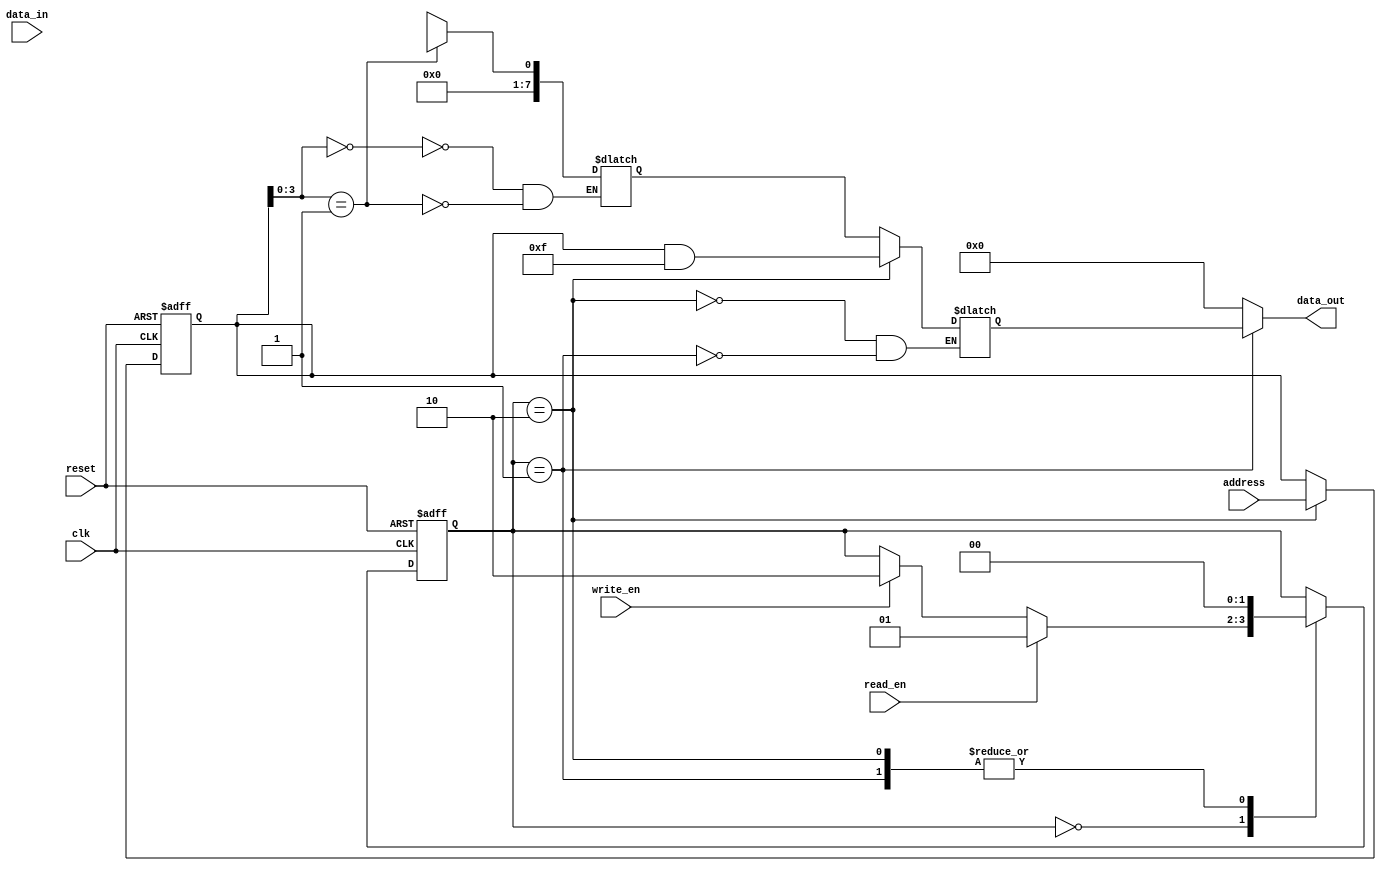
module DRAM (
    input wire clk,
    input wire reset,
    input wire read_en,
    input wire write_en,
    input wire [7:0] address,
    input wire [7:0] data_in,
    output wire [7:0] data_out
);

// Registers to store address and data information
reg [7:0] addr_reg;
reg [7:0] data_reg;

// Multiplexers to select memory cell
reg [7:0] mem_cell;

// Decoders to determine memory location
reg [7:0] decoder_out;

// Comparators to check for equality during read and write operations
reg [7:0] compare_out;

// FSM states
parameter IDLE = 2'b00;
parameter READ = 2'b01;
parameter WRITE = 2'b10;

reg [1:0] state;
always @ (posedge clk or posedge reset) begin
    if (reset) begin
        state <= IDLE;
    end else begin
        case (state)
            IDLE: begin
                if (read_en) begin
                    state <= READ;
                end else if (write_en) begin
                    state <= WRITE;
                end
            end
            READ: begin
                state <= IDLE;
            end
            WRITE: begin
                state <= IDLE;
            end
        endcase
    end
end

// Logic for address and data registers
always @ (posedge clk or posedge reset) begin
    if (reset) begin
        addr_reg <= 8'b0;
        data_reg <= 8'b0;
    end else begin
        if (state == WRITE) begin
            addr_reg <= address;
            data_reg <= data_in;
        end
    end
end

// Logic for multiplexers, decoders, and comparators
always @ (*) begin
    case (addr_reg[3:0])
        4'b0000: mem_cell <= mem_0;
        4'b0001: mem_cell <= mem_1;
        // Add more cases for additional memory cells as needed

    endcase

    decoder_out <= addr_reg & 8'b1111;

    // Comparator logic for read operation
    if (state == READ) begin
        compare_out <= mem_cell;
    end

    // Comparator logic for write operation
    if (state == WRITE) begin
        compare_out <= decoder_out;
    end
end

// Assign data_out based on read operation
assign data_out = (state == READ) ? compare_out : 8'b0;

endmodule